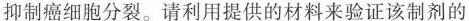
抑制癌细胞分裂。请利用提供的材料来验证该制剂的